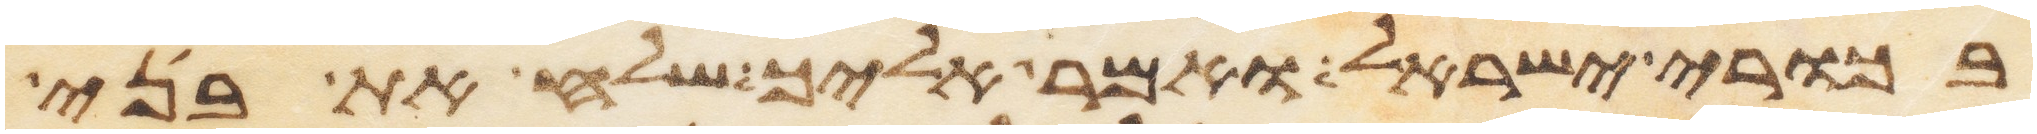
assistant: בכורי ישראל ואמר אליך שלח את בני